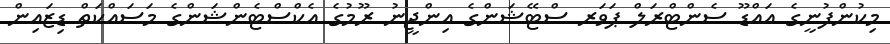
މިކުންފުނީގެ އައްޑޫ ސެންޓްރަލް ޕަވަރ ސްޓޭޝަންގެ އިންޖީނު ރޫމުގެ އެކްސްޓެންޝަންގެ މަސައްކަތް ޑިޒައިން